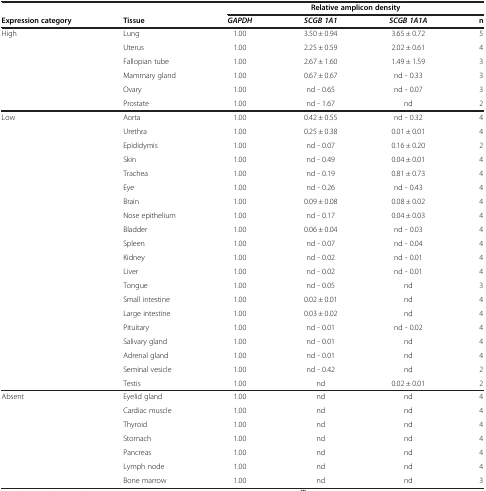
<table><thead><tr><td><b> </b></td><td><b> </b></td><td colspan="4"><b>Relative amplicon density</b></td></tr><tr><td><b>Expression category</b></td><td><b>Tissue</b></td><td><b><i>GAPDH</i></b></td><td><b><i>SCGB 1A1</i></b></td><td><b><i>SCGB 1A1A</i></b></td><td><b>n</b></td></tr></thead><tbody><tr><td>High</td><td>Lung</td><td>1.00</td><td>3.50 ± 0.94</td><td>3.65 ± 0.72</td><td>5</td></tr><tr><td> </td><td>Uterus</td><td>1.00</td><td>2.25 ± 0.59</td><td>2.02 ± 0.61</td><td>4</td></tr><tr><td> </td><td>Fallopian tube</td><td>1.00</td><td>2.67 ± 1.60</td><td>1.49 ± 1.59</td><td>3</td></tr><tr><td> </td><td>Mammary gland</td><td>1.00</td><td>0.67 ± 0.67</td><td>nd - 0.33</td><td>3</td></tr><tr><td> </td><td>Ovary</td><td>1.00</td><td>nd - 0.65</td><td>nd - 0.07</td><td>3</td></tr><tr><td> </td><td>Prostate</td><td>1.00</td><td>nd - 1.67</td><td>nd</td><td>2</td></tr><tr><td>Low</td><td>Aorta</td><td>1.00</td><td>0.42 ± 0.55</td><td>nd - 0.32</td><td>4</td></tr><tr><td> </td><td>Urethra</td><td>1.00</td><td>0.25 ± 0.38</td><td>0.01 ± 0.01</td><td>4</td></tr><tr><td> </td><td>Epididymis</td><td>1.00</td><td>nd - 0.07</td><td>0.16 ± 0.20</td><td>2</td></tr><tr><td> </td><td>Skin</td><td>1.00</td><td>nd - 0.49</td><td>0.04 ± 0.01</td><td>4</td></tr><tr><td> </td><td>Trachea</td><td>1.00</td><td>nd - 0.19</td><td>0.81 ± 0.73</td><td>4</td></tr><tr><td> </td><td>Eye</td><td>1.00</td><td>nd - 0.26</td><td>nd - 0.43</td><td>4</td></tr><tr><td> </td><td>Brain</td><td>1.00</td><td>0.09 ± 0.08</td><td>0.08 ± 0.02</td><td>4</td></tr><tr><td> </td><td>Nose epithelium</td><td>1.00</td><td>nd - 0.17</td><td>0.04 ± 0.03</td><td>4</td></tr><tr><td> </td><td>Bladder</td><td>1.00</td><td>0.06 ± 0.04</td><td>nd - 0.03</td><td>4</td></tr><tr><td> </td><td>Spleen</td><td>1.00</td><td>nd - 0.07</td><td>nd - 0.04</td><td>4</td></tr><tr><td> </td><td>Kidney</td><td>1.00</td><td>nd - 0.02</td><td>nd - 0.01</td><td>4</td></tr><tr><td> </td><td>Liver</td><td>1.00</td><td>nd - 0.02</td><td>nd - 0.01</td><td>4</td></tr><tr><td> </td><td>Tongue</td><td>1.00</td><td>nd - 0.05</td><td>nd</td><td>3</td></tr><tr><td> </td><td>Small intestine</td><td>1.00</td><td>0.02 ± 0.01</td><td>nd</td><td>4</td></tr><tr><td> </td><td>Large intestine</td><td>1.00</td><td>0.03 ± 0.02</td><td>nd</td><td>4</td></tr><tr><td> </td><td>Pituitary</td><td>1.00</td><td>nd - 0.01</td><td>nd - 0.02</td><td>4</td></tr><tr><td> </td><td>Salivary gland</td><td>1.00</td><td>nd - 0.01</td><td>nd</td><td>4</td></tr><tr><td> </td><td>Adrenal gland</td><td>1.00</td><td>nd - 0.01</td><td>nd</td><td>4</td></tr><tr><td> </td><td>Seminal vesicle</td><td>1.00</td><td>nd - 0.42</td><td>nd</td><td>2</td></tr><tr><td> </td><td>Testis</td><td>1.00</td><td>nd</td><td>0.02 ± 0.01</td><td>2</td></tr><tr><td>Absent</td><td>Eyelid gland</td><td>1.00</td><td>nd</td><td>nd</td><td>4</td></tr><tr><td> </td><td>Cardiac muscle</td><td>1.00</td><td>nd</td><td>nd</td><td>4</td></tr><tr><td> </td><td>Thyroid</td><td>1.00</td><td>nd</td><td>nd</td><td>4</td></tr><tr><td> </td><td>Stomach</td><td>1.00</td><td>nd</td><td>nd</td><td>4</td></tr><tr><td> </td><td>Pancreas</td><td>1.00</td><td>nd</td><td>nd</td><td>4</td></tr><tr><td> </td><td>Lymph node</td><td>1.00</td><td>nd</td><td>nd</td><td>4</td></tr><tr><td> </td><td>Bone marrow</td><td>1.00</td><td>nd</td><td>nd</td><td>3</td></tr></tbody></table>